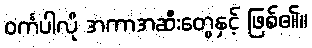
ဝင်္ကပါလို အကာအဆီးတွေနှင့် ဖြစ်၏။